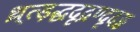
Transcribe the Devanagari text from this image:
थ्र्त्ड़द्धदृद्रण्दृदड्ढ